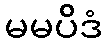
မမပိဒံ